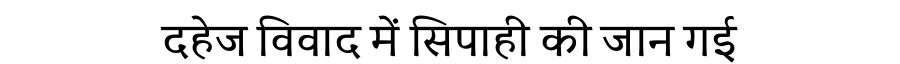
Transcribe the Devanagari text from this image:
दहेज विवाद में सिपाही की जान गई